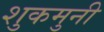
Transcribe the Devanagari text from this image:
शुकमुनी